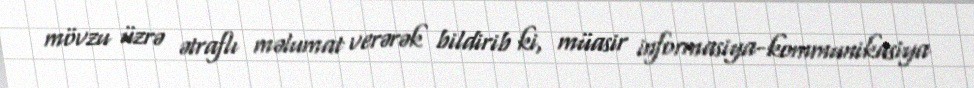
mövzu üzrə ətraflı məlumat verərək bildirib ki, müasir informasiya-kommunikasiya